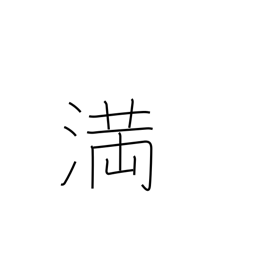
Meaning: enough